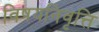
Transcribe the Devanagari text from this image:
विषयनिवृत्ति